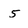
Character: 5